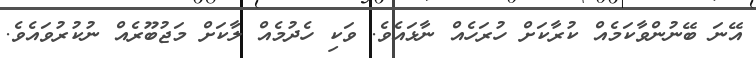
އޭނަ ބޭނުންވާކަމެއް ކުރާކަށް ހުރަހެއް ނާޅައެވެ. ވަކި ހެދުމެއް ލާކަށް މަޖުބޫރެއް ނުކުރުވައެވެ.